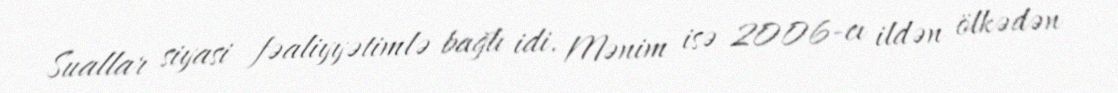
Suallar siyasi fəaliyyətimlə bağlı idi. Mənim isə 2006-cı ildən ölkədən